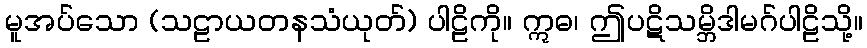
မူအပ်သော (သဠာယတနသံယုတ်) ပါဠိကို။ ဣဓ၊ ဤပဋိသမ္ဘိဒါမဂ်ပါဠိသို့။